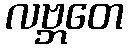
လဗ္ဘတေ